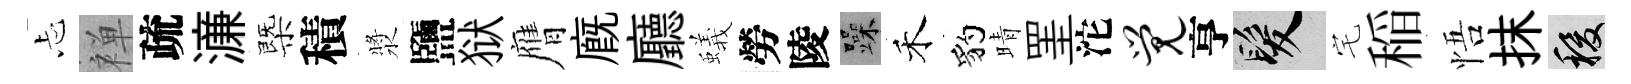
忐禅疏濓㮣積漿鹽狱膺廐廳蟻勞陵躁禾豹晴罣沱觉亨髮宅稲悟抹稷